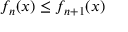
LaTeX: f _ { n } ( x ) \leq f _ { n + 1 } ( x )